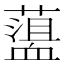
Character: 𧗎